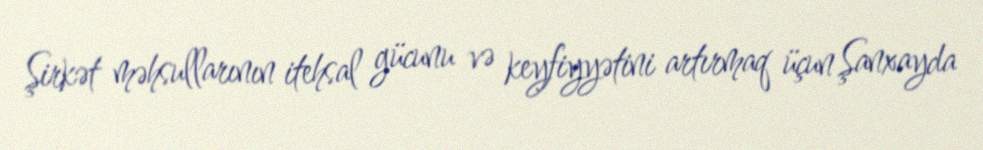
Şirkət məhsullarının itehsal gücunu və keyfiyyətini artırmaq üçun Şanxayda